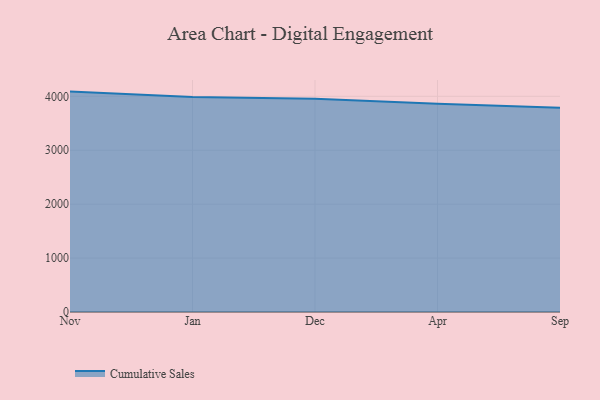
{"axis": {"x": "Month", "y": "Website Visitors"}, "legend": ["Cumulative Sales"], "data": [{"x": "Nov", "y": 4087.5, "type": "Cumulative Sales"}, {"x": "Jan", "y": 3989.2, "type": "Cumulative Sales"}, {"x": "Dec", "y": 3955.4, "type": "Cumulative Sales"}, {"x": "Apr", "y": 3861.7, "type": "Cumulative Sales"}, {"x": "Sep", "y": 3786.5, "type": "Cumulative Sales"}]}